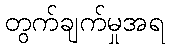
တွက်ချက်မှုအရ